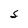
Character: S